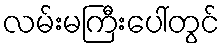
လမ်းမကြီးပေါ်တွင်